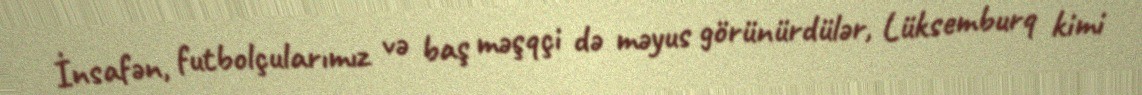
İnsafən, futbolçularımız və baş məşqçi də məyus görünürdülər, Lüksemburq kimi